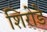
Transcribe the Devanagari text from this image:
शिरोडे